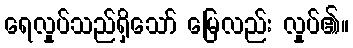
ရေလှုပ်သည်ရှိသော် မြေလည်း လှုပ်၏။